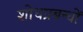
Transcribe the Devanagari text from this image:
शोधप्रबन्धों